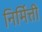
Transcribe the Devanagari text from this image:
निर्मित्ती